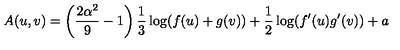
A ( u , v ) = \left( \frac { 2 \alpha ^ { 2 } } { 9 } - 1 \right) \frac { 1 } { 3 } \log ( f ( u ) + g ( v ) ) + \frac { 1 } { 2 } \log ( f ^ { \prime } ( u ) g ^ { \prime } ( v ) ) + a